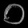
Digit: ၀